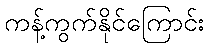
ကန့်ကွက်နိုင်ကြောင်း